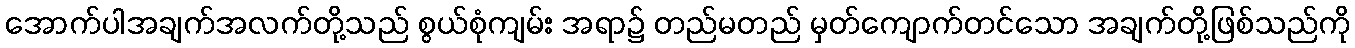
အောက်ပါအချက်အလက်တို့သည် စွယ်စုံကျမ်း အရာ၌ တည်မတည် မှတ်ကျောက်တင်သော အချက်တို့ဖြစ်သည်ကို